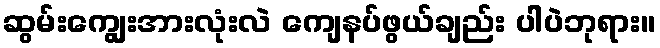
ဆွမ်းကျွေးအားလုံးလဲ ကျေနပ်ဖွယ်ချည်း ပါပဲဘုရား။